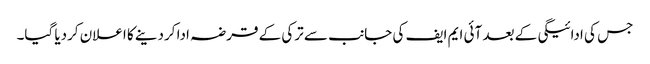
جس کی ادائیگی کے بعد آئی ایم ایف کی جانب سے ترکی کے قرضہ ادا کردینے کا اعلان کردیا گیا۔